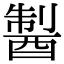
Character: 𨡐